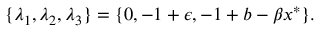
\{ \lambda _ { 1 } , \lambda _ { 2 } , \lambda _ { 3 } \} = \{ 0 , - 1 + \epsilon , - 1 + b - \beta x ^ { * } \} .